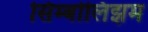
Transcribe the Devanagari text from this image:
सिम्बोलिझम